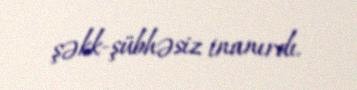
şəkk-şübhəsiz inanırdı.